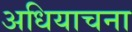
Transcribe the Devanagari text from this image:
अधियाचना